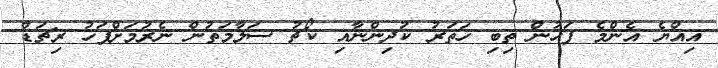
އިއްޔެ އެންމެ ފަހުން ތިބި ހަތަރު ކުދިންނާއި ކޯޗު ސަލާމަތުން ނެރުމަށްފަހު ރިޗަޑް